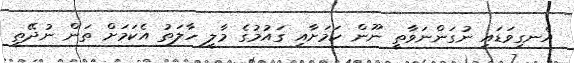
އެނގިވަޑައި ނުގަންނަވާތީ ނޫން ކަމަށާއި ގައުމުގެ މާލީ ހާލަތު އެކަމަށް ތަން ނުދޭތީ